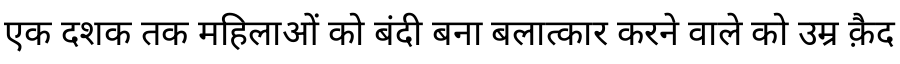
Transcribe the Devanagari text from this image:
एक दशक तक महिलाओं को बंदी बना बलात्कार करने वाले को उम्र क़ैद